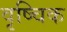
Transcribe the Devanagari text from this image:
वृष्चिक